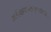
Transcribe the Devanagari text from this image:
कर्तेत्यहंमानमहाकृष्णाहिदंशितः